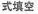
式填空